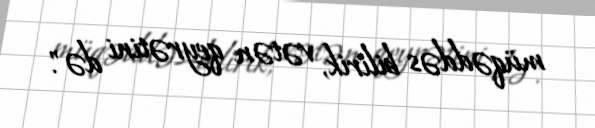
müqəddəs bilirik, vətən qeyrətini də".